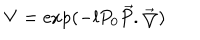
V = \exp ( - l P _ { 0 } \overrightarrow { P } . \overrightarrow { \bigtriangledown } )